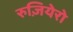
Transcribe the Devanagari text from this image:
रुज़ियेरो